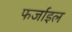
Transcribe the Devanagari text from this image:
फर्जाइल